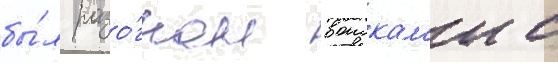
бы́л разо́гнан воискам'и с